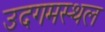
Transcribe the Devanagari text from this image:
उदगमस्थल